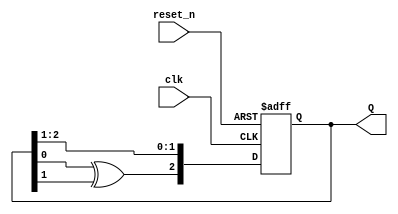
`timescale 1ns / 1ps
//////////////////////////////////////////////////////////////////////////////////
// Company: 
// Engineer: 
// 
// Design Name: 
// Module Name: lfsr
// Project Name: 
// Target Devices: 
// Tool Versions: 
// Description: 
// 
// Dependencies: 
// 
// Revision:
// Revision 0.01 - File Created
// Additional Comments:
// 
//////////////////////////////////////////////////////////////////////////////////


module lfsr
    #(parameter N = 3)(
    input clk,
    input reset_n,
    output [1:N] Q
    );
    
    reg [1:N] Q_reg, Q_next;
    wire taps;

    always @(posedge clk, negedge reset_n)
    begin
        if (~reset_n)
            Q_reg <= 'd1; // LSFR shouldn't start with 0 or FFFF
        else
            Q_reg <= Q_next;
    end
    
    // Next state logic
    always @(taps, Q_reg)
        Q_next = {taps, Q_reg[1:N - 1]};

        
    // Output logic
    assign Q = Q_reg;
    //-------------------------------------------------------------    
    // For maximum-length LSFR taps, check table 3 in the following:
    // https://www.xilinx.com/support/documentation/application_notes/xapp052.pdf
    
    // N = 3
    assign taps = Q_reg[3] ^ Q_reg[2];
    
    // N = 8
//    assign taps = Q_reg[8] ^ Q_reg[6] ^ Q_reg[5] ^ Q_reg[4];

        
endmodule